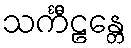
သင်္ကီဠန္တေ